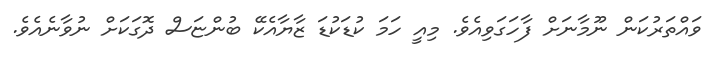
ވައްތަރުކަން ނޫމާނަށް ފާހަގަވިއެވެ. މިއީ ހަމަ ކުޑަކުޑަ ޒާޔާއެކޭ ބުންޏަސް ދޮގަކަށް ނުވާނެއެވެ.